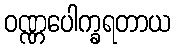
ဝဏ္ဏပေါက္ခရတာယ